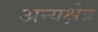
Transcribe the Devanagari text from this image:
अन्यक्षेत्र